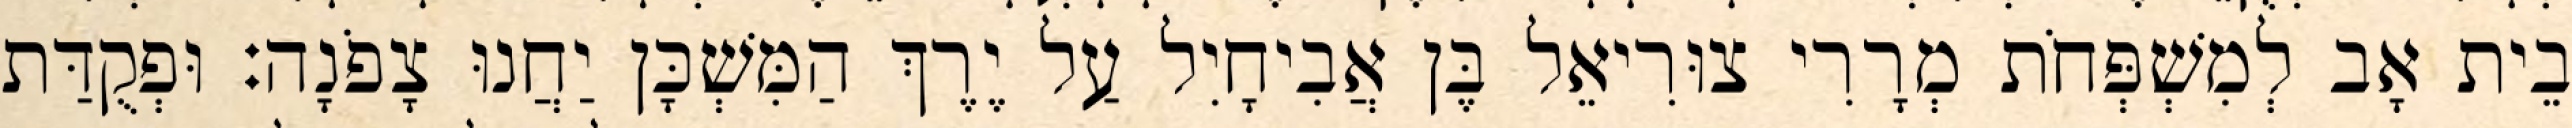
בֵית אָב לְמִשְׁפְּחֹת מְרָרִי צוּרִיאֵל בֶּן אֲבִיחָיִל עַל יֶרֶךְ הַמִּשְׁכָּן יַחֲנוּ צָפֹנָה׃ וּפְקֻדַּת